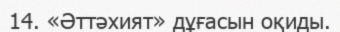
14. «Әттәхият» дұғасын оқиды.